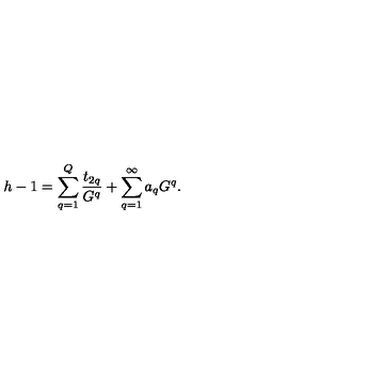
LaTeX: h - 1 = \sum _ { q = 1 } ^ { Q } { \frac { t _ { 2 q } } { G ^ { q } } } + \sum _ { q = 1 } ^ { \infty } a _ { q } G ^ { q } .